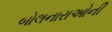
બોલનારાઓની